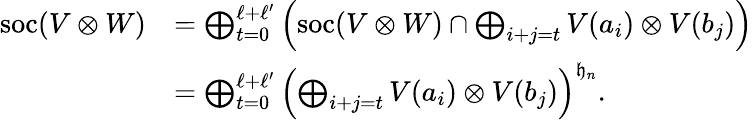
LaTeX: \begin{array}{rl}{\mathrm{soc}(V\otimes W)}&{=\bigoplus_{t=0}^{\ell+\ell^{\prime}}\left(\mathrm{soc}(V\otimes W)\cap\bigoplus_{i+j=t}V(a_{i})\otimes V(b_{j})\right)}\\ &{=\bigoplus_{t=0}^{\ell+\ell^{\prime}}\left(\bigoplus_{i+j=t}V(a_{i})\otimes V(b_{j})\right)^{\mathfrak{h}_{n}}.}\end{array}